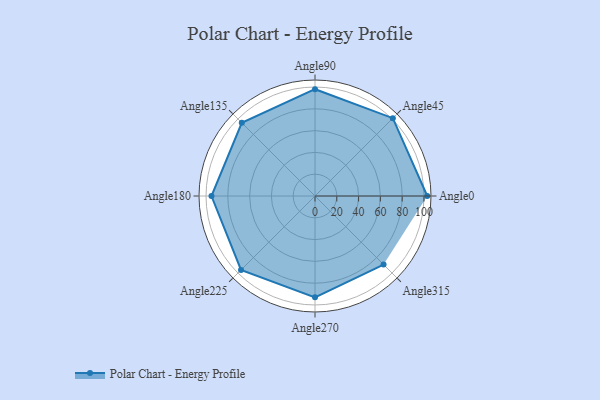
{"axis": {"x": "Angle", "y": "Radius"}, "legend": [""], "data": [{"x": "Angle0", "y": 103.0, "type": ""}, {"x": "Angle45", "y": 101.0, "type": ""}, {"x": "Angle90", "y": 98.0, "type": ""}, {"x": "Angle135", "y": 95.0, "type": ""}, {"x": "Angle180", "y": 95.0, "type": ""}, {"x": "Angle225", "y": 96.0, "type": ""}, {"x": "Angle270", "y": 93.0, "type": ""}, {"x": "Angle315", "y": 89.0, "type": ""}]}